Lunatic asylums United Provinces 1909-1921 - 1909-1921
Year: 1909
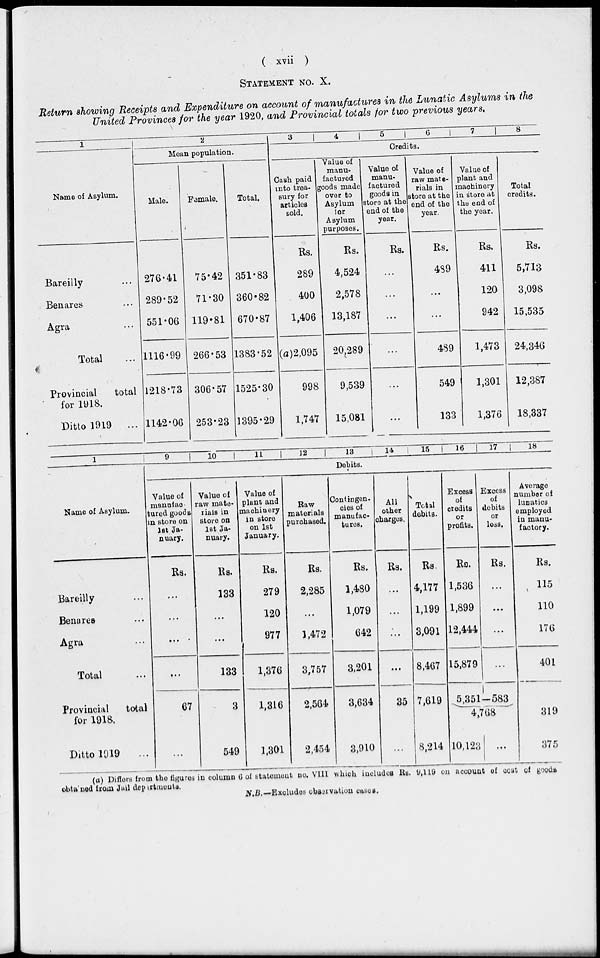
( xvii )
STATEMENT NO. X.
Return showing Receipts and Expenditure on account of manufactures in the Lunatic Asylums in the
United Provinces for the year 1920, and Provincial totals for two previous years.
1
Name of Asylum.
Bareilly ...
Benares ...
Agra ...
Total ...
Provincial
total
for 1918.
Ditto 1919 ...
2
Mean population.
Male.
276.41
289.52
551.06
1116.99
1218.73
1142.06
Female.
75.42
71.30
119.81
266.53
306.57
253.23
Total.
351.83
360.82
670.87
1383.52
1525.30
1395.29
3
4
5
6
7
8
Credits.
Cash paid
into trea.
sury for
articles
sold.
Rs.
289
400
1,406
(a)2,095
998
1,747
Value of
manu-
factured
goods made
over to
Asylum
for
Asylum
purposes.
Rs.
4,524
2,578
13,187
20,289
9,539
15,081
Value of
manu-
factured
goods in
store at the
end of the
year.
Rs.
...
...
...
...
...
...
Value of
raw mate-
rials in
store at the
end of the
year.
Rs.
489
...
...
489
549
133
Value of
plant and
machinery
in store at
the end of
the year.
Rs.
411
120
942
1,473
1,301
1,376
Total
credits.
Rs.
5,713
3,098
15,535
24,346
12,387
18,337
1
Name of Asylum.
Bareilly ...
Benares ...
Agra ...
Total ...
Provincial
total
for 1918.
Ditto 1919 ...
9
10
11
12
13
14
15
16
17
18
Debits.
Value of
manufac-
tured goods
in store on
1st Ja-
nuary.
Rs.
...
...
...
...
67
...
Value of
raw mate-
rials in
store on
1st Ja-
nuary.
Rs.
133
...
...
133
3
549
Value of
plant and
machinery
in store
on 1st
January.
Rs.
279
120
977
1,376
1,316
1,301
Raw
materials
purchased.
Rs.
2,285
...
1,472
3,757
2,564
2,454
Contingen-
cies of
manufac-
tures.
Rs.
1,480
1,079
642
3,201
3,634
3,910
All
other
charges.
Rs.
...
...
...
...
35
...
Total
debits.
Rs.
4,177
1,199
3,091
8,467
7,619
8,214
Excess
of
credits
or
profits.
Rs.
1,536
1,899
12,444
15,879
Excess
of
debits
or
loss.
Rs.
...
...
...
...
5,351—583
4,768
10,123 ...
Average
number of
lunatics
employed
in manu-
factory.
Rs.
115
110
176
401
319
375
(a) Differs from the figures in column 6 of statement no. VIII which includes Rs. 9,119 on account of cost of goods
obtained from Jail departments.
N.B.—Excludes observation cases.